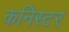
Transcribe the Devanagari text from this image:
कनिस्टर